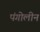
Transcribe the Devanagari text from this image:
पंगोलीन